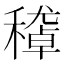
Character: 𥢔